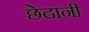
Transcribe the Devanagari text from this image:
छेदानी